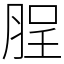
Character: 脭